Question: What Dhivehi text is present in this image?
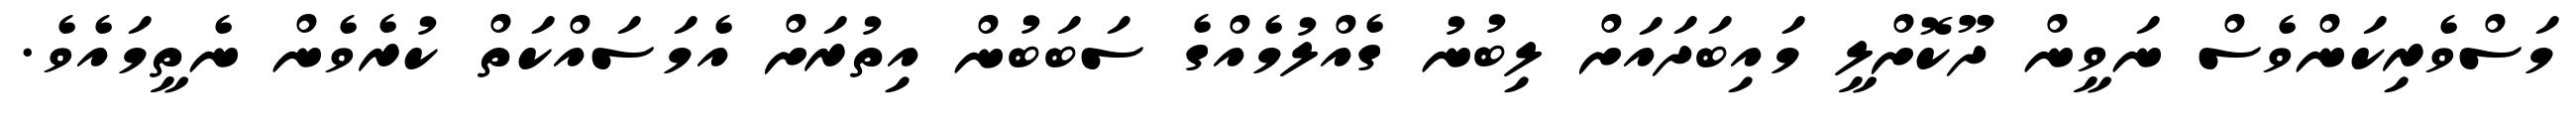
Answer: މަސްވެރިކަންވެސް ނަވީން ދޫކޮށްލީ މައިބަދައަށް ލިބުނު ގެއްލުމެއްގެ ސަބަބުން އިތުރަށް އެމަސައްކަތް ކުރެވެން ނެތީމައެވެ.